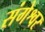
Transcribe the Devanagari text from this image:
संगेश्वर